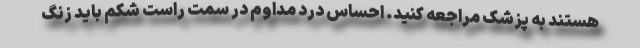
هستند به پزشک مراجعه کنید. احساس درد مداوم در سمت راست شکم باید زنگ